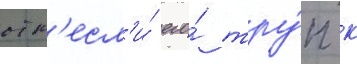
отн'есл'и́ его́ тру́п к